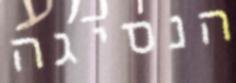
הנסיגה